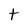
Character: t